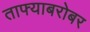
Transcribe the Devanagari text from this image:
ताफ्याबरोबर